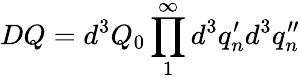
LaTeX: DQ=d^{3}Q_{0}\prod_{1}^{\infty}d^{3}q_{n}^{\prime}d^{3}q_{n}^{\prime\prime}